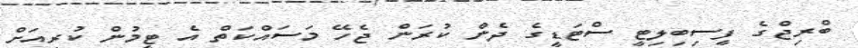
ބްރިޖްގެ ފީސިބިލިޓީ ސްޓަޑީގެ ދެން ކުރަން ޖެހޭ މަސައްކަތް އެ ޓީމުން ކުރިއަށް